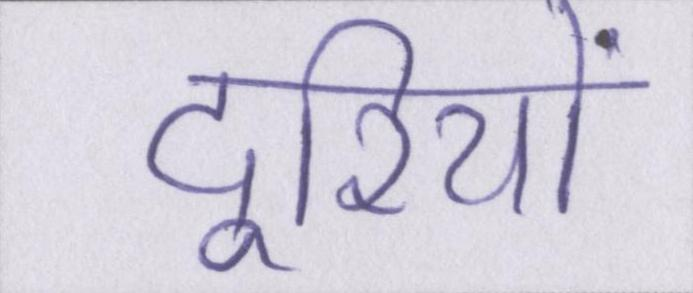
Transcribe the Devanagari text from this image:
दूरियों